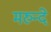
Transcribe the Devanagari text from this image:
मरुन्दे